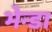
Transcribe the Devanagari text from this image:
भेन्डा